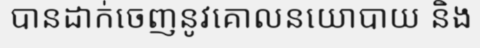
បានដាក់ចេញនូវគោលនយោបាយ និង